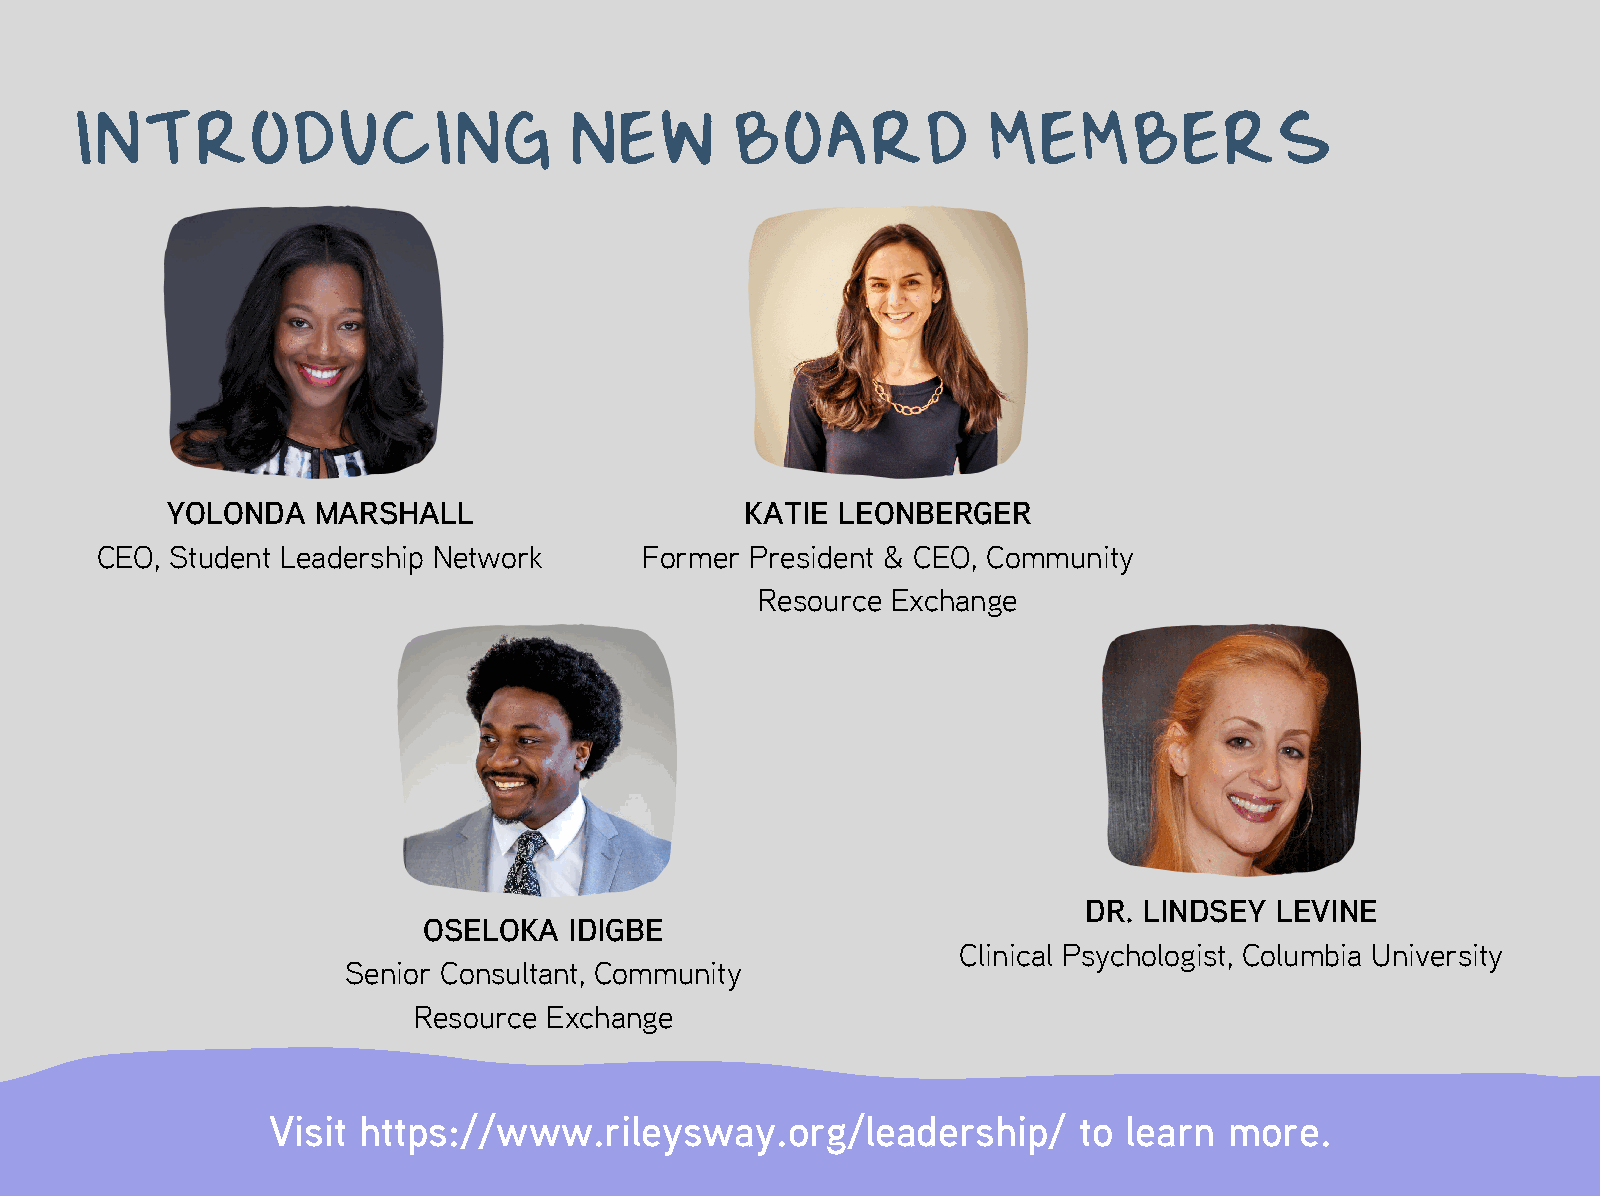
INTRODUCING                      NEW       BOARD            MEMBERS
 YOLONDA   MARSHALL                    KATIE  LEONBERGER
 CEO, Student Leadership Network      Former President & CEO, Community
 Resource Exchange
 DR. LINDSEY LEVINE
 OSELOKA   IDIGBE
 Clinical Psychologist, Columbia University
 Senior Consultant, Community
 Resource Exchange
 Visit https://www.rileysway.org/leadership/          to  learn more.